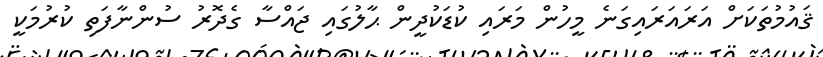
ޤައުމުތަކަށް އަރައަރައިގަނެ މީހުން މަރައި ކުޑަކުދީން ޙާލުގައި ޖައްސާ ގެދޮރު ސުންނާފަތި ކުރުމަކީ